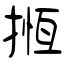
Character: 揯